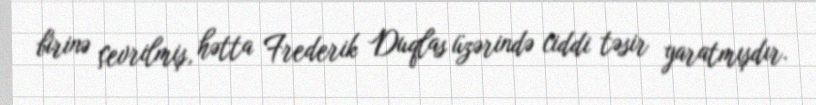
birinə çevrilmiş, hətta Frederik Duqlas üzərində ciddi təsir yaratmışdır.